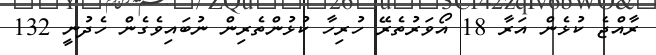
ރާއްޖެ ކުޅެން އަރާ 18 އޯވަރުތެރޭ ހުރިހާ ކުޅުންތެރިން ނުބައިވެގެން ހެދުނީ 132